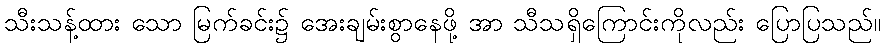
သီးသန့်ထား သော မြက်ခင်း၌ အေးချမ်းစွာနေဖို့ အာ သီသရှိကြောင်းကိုလည်း ပြောပြသည်။